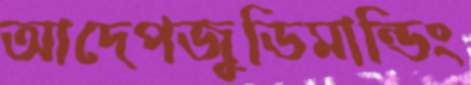
আদেপজুডিমান্ডিং